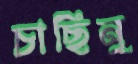
চাছিনু